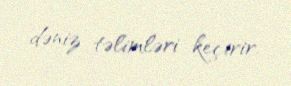
dəniz təlimləri keçirir.